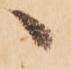
へ